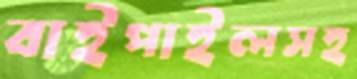
বাইপাইলসহ